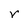
Character: r